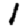
Digit: 1